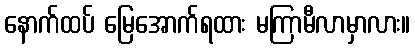
နောက်ထပ် မြေအောက်ရထား မကြာမီလာမှာလား။